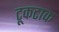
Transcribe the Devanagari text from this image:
टूकटाक